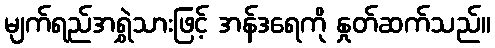
မျက်ရည်အရွှဲသားဖြင့် အန်ဒရေကို နှုတ်ဆက်သည်။